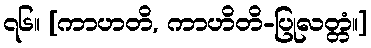
၇၆။ [ကာဟတိ, ကာဟိတိ-ပြုလတ္တံ။]